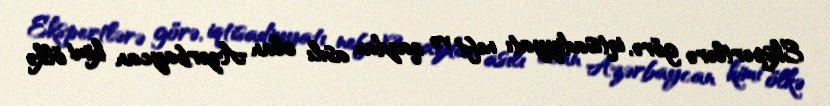
Ekspertlərə görə, iqtisadiyyatı neft və qazdan asılı olan Azərbaycan kimi ölkə